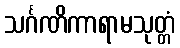
သင်္ဂဏိကာရာမသုတ္တံ